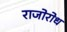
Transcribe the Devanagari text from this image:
राजोरोध